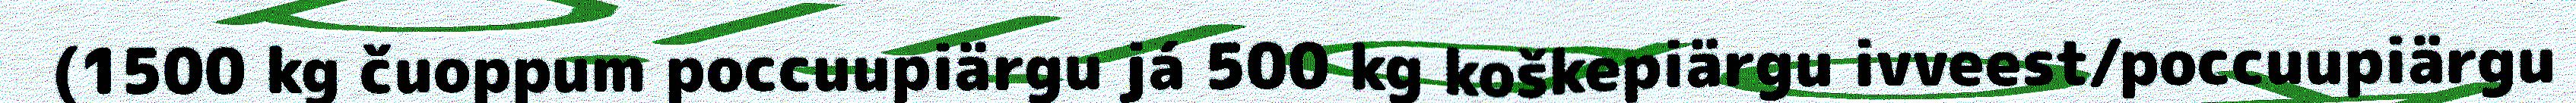
(1500 kg čuoppum poccuupiärgu já 500 kg koškepiärgu ivveest/poccuupiärgu